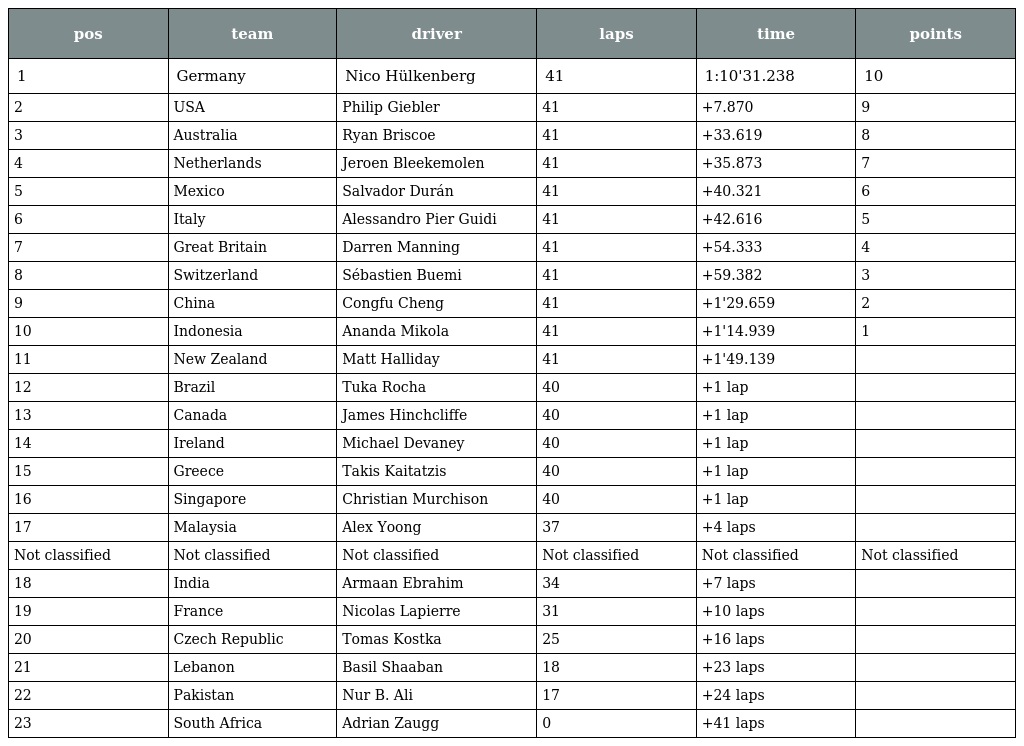
| pos | team | driver | laps | time | points |
 | --- | --- | --- | --- | --- | --- |
 | 1 | Germany | Nico Hülkenberg | 41 | 1:10'31.238 | 10 |
 | 2 | USA | Philip Giebler | 41 | +7.870 | 9 |
 | 3 | Australia | Ryan Briscoe | 41 | +33.619 | 8 |
 | 4 | Netherlands | Jeroen Bleekemolen | 41 | +35.873 | 7 |
 | 5 | Mexico | Salvador Durán | 41 | +40.321 | 6 |
 | 6 | Italy | Alessandro Pier Guidi | 41 | +42.616 | 5 |
 | 7 | Great Britain | Darren Manning | 41 | +54.333 | 4 |
 | 8 | Switzerland | Sébastien Buemi | 41 | +59.382 | 3 |
 | 9 | China | Congfu Cheng | 41 | +1'29.659 | 2 |
 | 10 | Indonesia | Ananda Mikola | 41 | +1'14.939 | 1 |
 | 11 | New Zealand | Matt Halliday | 41 | +1'49.139 |  |
 | 12 | Brazil | Tuka Rocha | 40 | +1 lap |  |
 | 13 | Canada | James Hinchcliffe | 40 | +1 lap |  |
 | 14 | Ireland | Michael Devaney | 40 | +1 lap |  |
 | 15 | Greece | Takis Kaitatzis | 40 | +1 lap |  |
 | 16 | Singapore | Christian Murchison | 40 | +1 lap |  |
 | 17 | Malaysia | Alex Yoong | 37 | +4 laps |  |
 | Not classified | Not classified | Not classified | Not classified | Not classified | Not classified |
 | 18 | India | Armaan Ebrahim | 34 | +7 laps |  |
 | 19 | France | Nicolas Lapierre | 31 | +10 laps |  |
 | 20 | Czech Republic | Tomas Kostka | 25 | +16 laps |  |
 | 21 | Lebanon | Basil Shaaban | 18 | +23 laps |  |
 | 22 | Pakistan | Nur B. Ali | 17 | +24 laps |  |
 | 23 | South Africa | Adrian Zaugg | 0 | +41 laps |  |